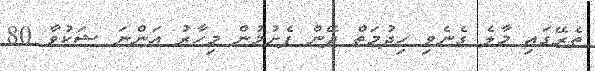
ތެރޭގައި މާލެ ގެނެވި ހިދުމަތް ދޭން ފެށުމުން މިހާރު އަންނަ ޝަކުވާ 80